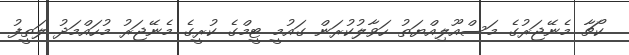
ކޯޗާ މެނޭޖަރުގެ މަސްއޫލިއްޔަތު ހަވާލުކުރަން ގައުމީ ޓީމްގެ ކުރީގެ މެނޭޖަރު މުހައްމަދު ލަތީފު